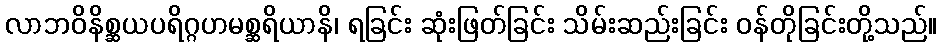
လာဘဝိနိစ္ဆယပရိဂ္ဂဟမစ္ဆရိယာနိ၊ ရခြင်း ဆုံးဖြတ်ခြင်း သိမ်းဆည်းခြင်း ဝန်တိုခြင်းတို့သည်။